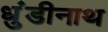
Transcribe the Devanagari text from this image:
धुंडीनाथ